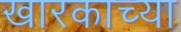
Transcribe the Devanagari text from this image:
खारकाच्या